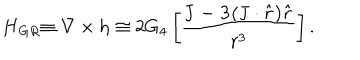
{ \bf H } _ { G R } { \bf \equiv \nabla \times h } \cong 2 G _ { 4 } \left[ { \frac { \bf J - 3 ( { \bf J \cdot \hat { r } } ) { \bf \hat { r } } } { r ^ { 3 } } } \right] .